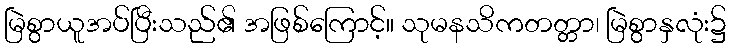
မြဲစွာယူအပ်ပြီးသည်၏ အဖြစ်ကြောင့်။ သုမနသိကတတ္တာ၊ မြဲစွာနှလုံး၌